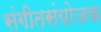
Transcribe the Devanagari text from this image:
संगीतसंयोजक